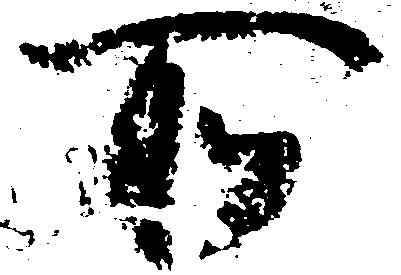
所